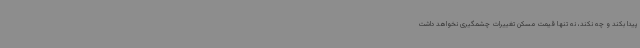
پیدا بکند و چه نکند، نه تنها قیمت مسکن تغییرات چشمگیری نخواهد داشت